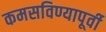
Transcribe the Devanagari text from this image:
कमसविण्यापूर्वी